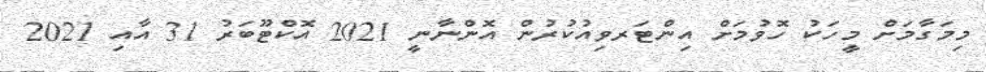
މިމަގާމަށް މީހަކު ހޮވުމަށް އިންޓަރވިއުކުރުން އޮންނާނީ 2021 އޮކްޓޫބަރު 31 އާއި 2021